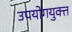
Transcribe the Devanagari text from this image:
उपयोगयुक्त